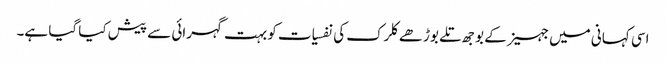
اسی کہانی میں جہیز کے بوجھ تلے بوڑھے کلرک کی نفسیات کو بہت گہرائی سے پیش کیا گیا ہے۔